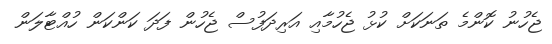
ޖެހުނު ކޮންމެ ތަނަކަށް ކުޅު ޖެހުމާއި އަރިދަފުސް ޖެހުން ފަދަ ކަންކަން ހުއްޓާލަން